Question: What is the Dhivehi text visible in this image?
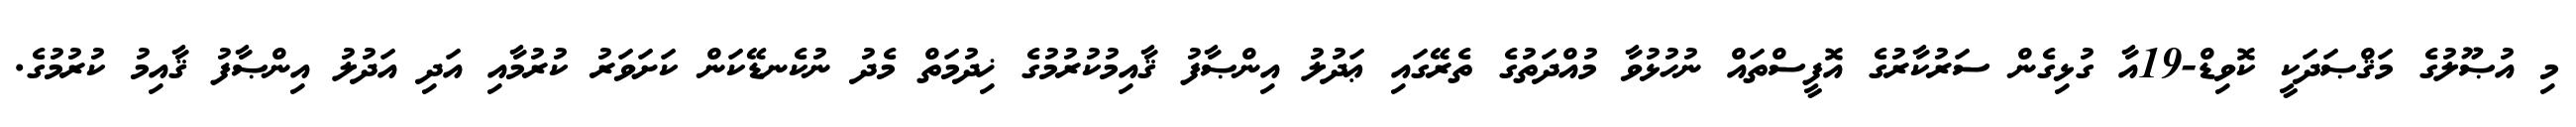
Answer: މި އުޞޫލުގެ މަޤްޞަދަކީ ކޮވިޑް-19އާ ގުޅިގެން ސަރުކާރުގެ އޮފީސްތައް ނުހުޅުވާ މުއްދަތުގެ ތެރޭގައި ޢަދުލު އިންޞާފު ޤާއިމުކުރުމުގެ ޚިދުމަތް މެދު ނުކެނޑޭކަން ކަށަވަރު ކުރުމާއި އަދި އަދުލު އިންޞާފު ޤާއިމު ކުރުމުގެ.